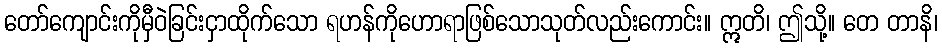
တော်ကျောင်းကိုမှီဝဲခြင်းငှာထိုက်သော ရဟန်ကိုဟောရာဖြစ်သောသုတ်လည်းကောင်း။ ဣတိ၊ ဤသို့။ တေ တာနိ၊